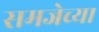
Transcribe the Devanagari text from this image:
समजेच्या